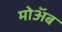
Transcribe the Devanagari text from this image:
मोअॅब